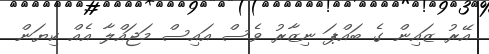
އޭރު ޒައިން ގެ ބައްޕަ ނިޒާރުު ވެސް އައިސް މަޖައްލާ އެއް ކިޔަން